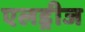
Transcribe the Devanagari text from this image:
एलड्रीज